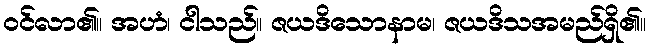
ဝင်လာ၏။ အဟံ၊ ငါသည်။ ဇယဒိသောနာမ၊ ဇယဒိသအမည်ရှိ၏။